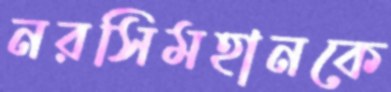
নরসিমহানকে